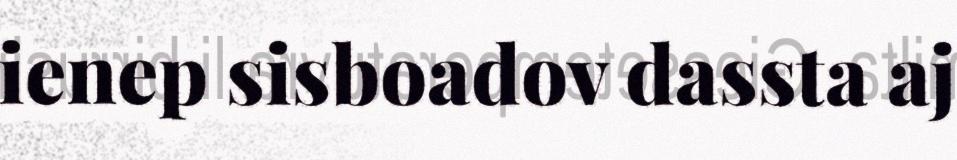
ienep sisboadov dassta aj